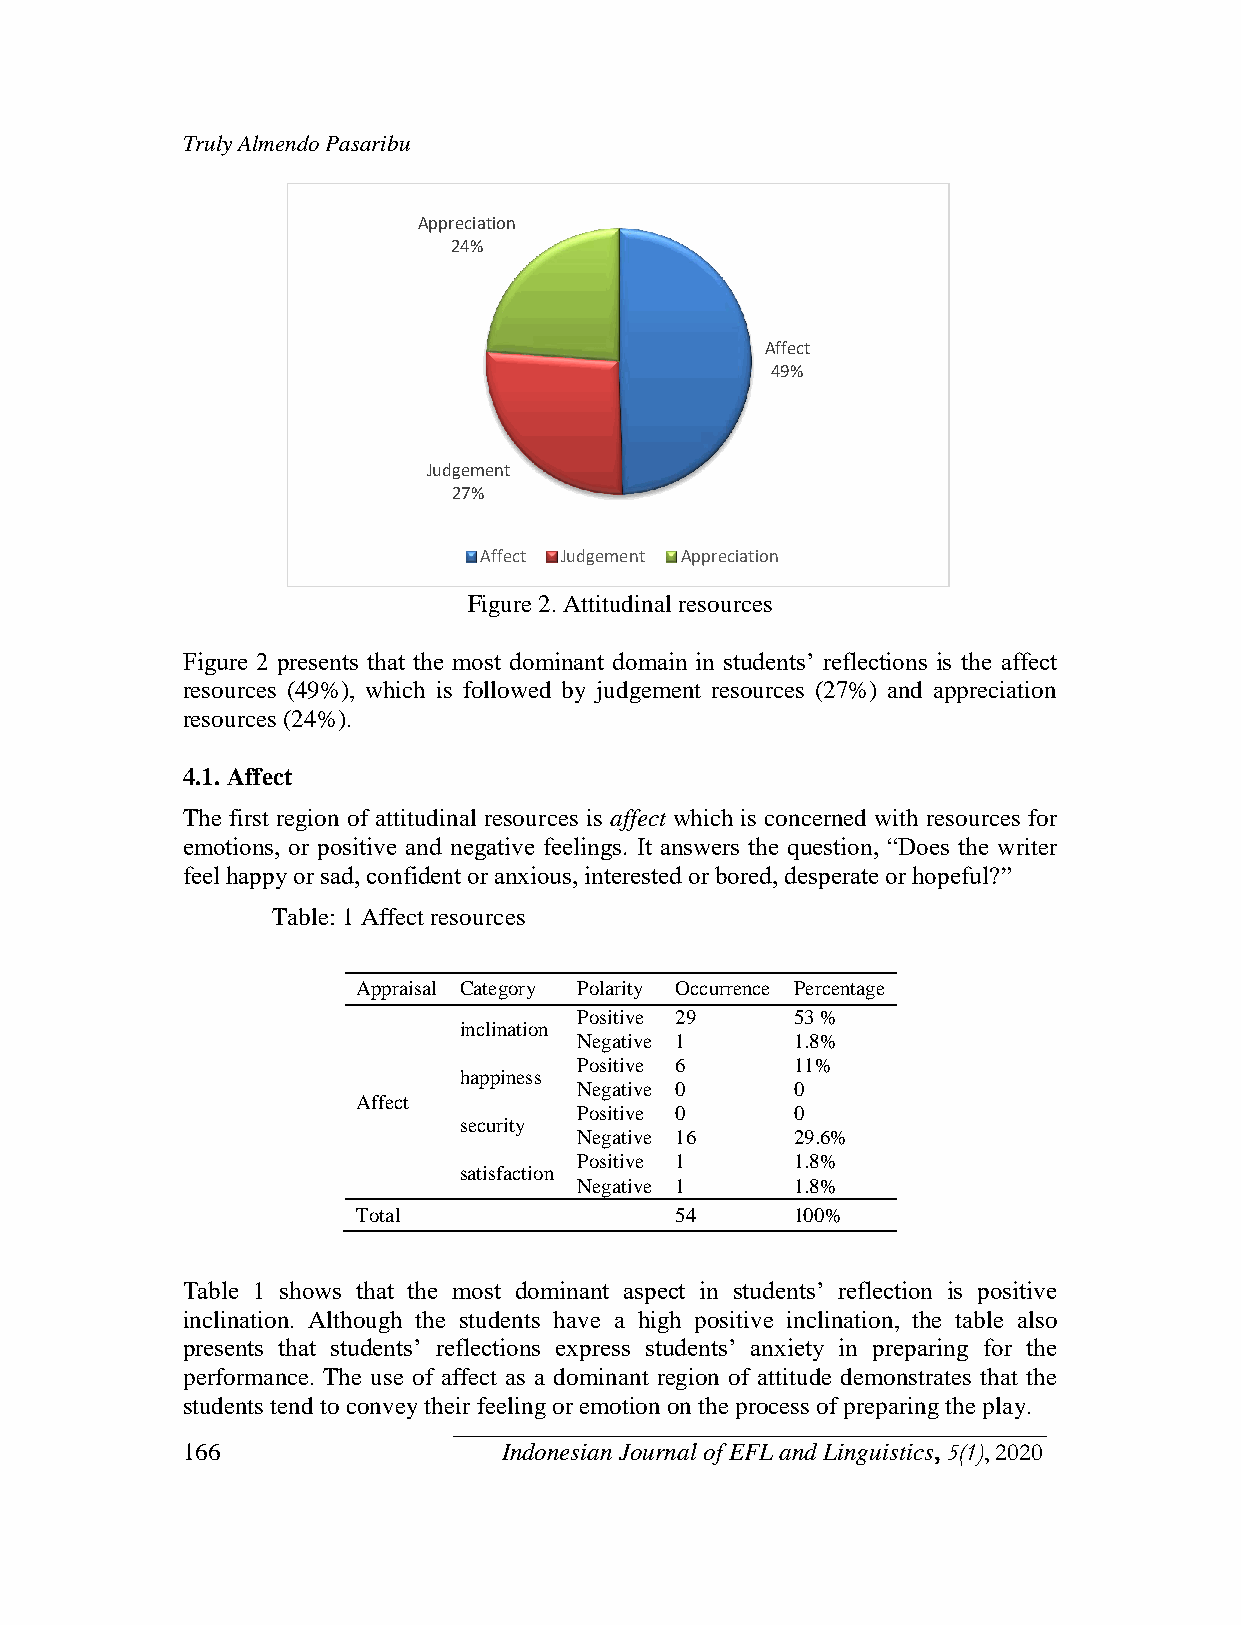
Truly Almendo Pasaribu
 Appreciation
 24%
 Affect
 49%
 Judgement
 27%
 Affect Judgement Appreciation
 Figure 2. Attitudinal resources
 Figure 2 presents that the most dominant domain in students‟ reflections is the affect
 resources (49%), which is followed by judgement resources (27%) and appreciation
 resources (24%).
 4.1. Affect
 The first region of attitudinal resources is affect which is concerned with resources for
 emotions, or positive and negative feelings. It answers the question, “Does the writer
 feel happy or sad, confident or anxious, interested or bored, desperate or hopeful?”
 Table: 1 Affect resources
 Appraisal Category Polarity Occurrence Percentage
 Positive 29    53 %
 inclination
 Negative 1     1.8%
 Positive 6     11%
 happiness
 Negative 0     0
 Affect
 Positive 0     0
 security
 Negative 16    29.6%
 Positive 1     1.8%
 satisfaction
 Negative 1     1.8%
 Total                54      100%
 Table 1 shows that the most dominant aspect in students‟ reflection is positive
 inclination. Although the students have a high positive inclination, the table also
 presents that students‟ reflections express students‟ anxiety in preparing for the
 performance. The use of affect as a dominant region of attitude demonstrates that the
 students tend to convey their feeling or emotion on the process of preparing the play.
 166                  Indonesian Journal of EFL and Linguistics, 5(1), 2020